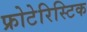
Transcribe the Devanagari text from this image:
फ्रोटेरिस्टिक